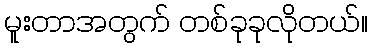
မူးတာအတွက် တစ်ခုခုလိုတယ်။